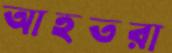
আহতরা